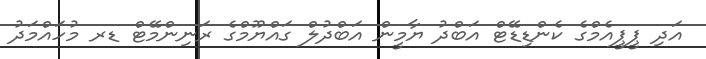
އަދި ޕީޕީއެމްގެ ކެންޑިޑޭޓް އަބްދު ޔާމީން އަބްދުލް ގައްޔޫމްގެ ރަނިންމޭޓް ޑރ މުހައްމަދު